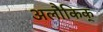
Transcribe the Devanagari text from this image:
अलौकिक्